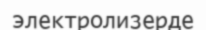
электролизерде